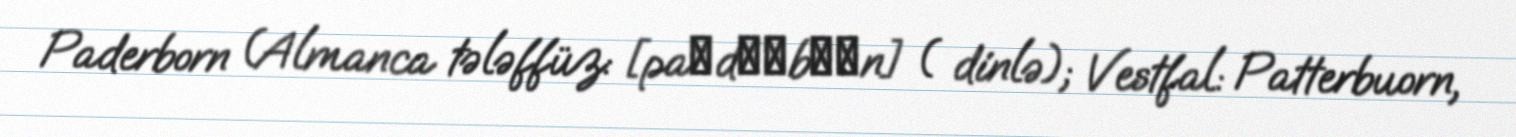
Paderborn (Almanca tələffüz: [paːdɐˈbɔʁn] ( dinlə); Vestfal: Patterbuorn,